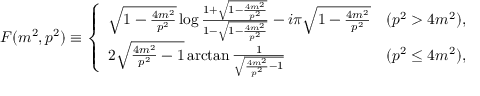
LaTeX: F ( m ^ { 2 } , p ^ { 2 } ) \equiv \left\{ \begin{array} { l c } { { \sqrt { 1 - \frac { 4 m ^ { 2 } } { p ^ { 2 } } } \log \frac { 1 + \sqrt { 1 - \frac { 4 m ^ { 2 } } { p ^ { 2 } } } } { 1 - \sqrt { 1 - \frac { 4 m ^ { 2 } } { p ^ { 2 } } } } - i \pi \sqrt { 1 - \frac { 4 m ^ { 2 } } { p ^ { 2 } } } } } & { { ( p ^ { 2 } > 4 m ^ { 2 } ) , } } \\ { { 2 \sqrt { \frac { 4 m ^ { 2 } } { p ^ { 2 } } - 1 } \arctan \frac { 1 } { \sqrt { \frac { 4 m ^ { 2 } } { p ^ { 2 } } - 1 } } } } & { { ( p ^ { 2 } \leq 4 m ^ { 2 } ) , } } \end{array} \right.